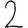
Digit: 2